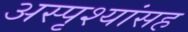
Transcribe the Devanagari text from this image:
अस्पृश्यांसह